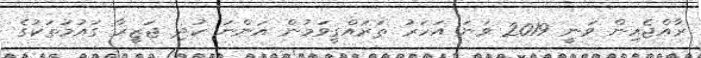
ރާއްޖެއިން ވަނީ 2019 ވަނަ އަހަރު ތަރައްގީވަމުން އަންނަ ކުދި ޖަޒީރާ ގައުމުތަކުގެ